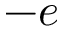
- e